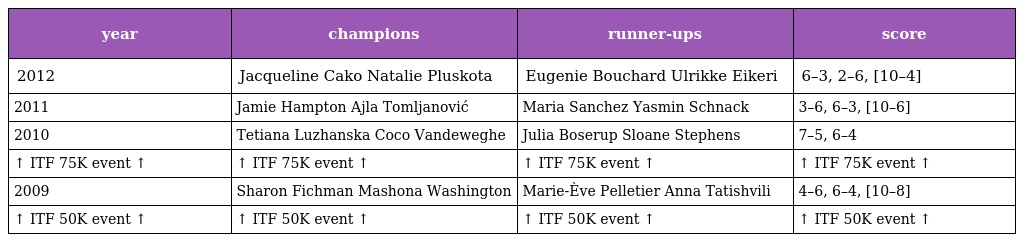
| year | champions | runner-ups | score |
 | --- | --- | --- | --- |
 | 2012 | Jacqueline Cako Natalie Pluskota | Eugenie Bouchard Ulrikke Eikeri | 6–3, 2–6, [10–4] |
 | 2011 | Jamie Hampton Ajla Tomljanović | Maria Sanchez Yasmin Schnack | 3–6, 6–3, [10–6] |
 | 2010 | Tetiana Luzhanska Coco Vandeweghe | Julia Boserup Sloane Stephens | 7–5, 6–4 |
 | ↑ ITF 75K event ↑ | ↑ ITF 75K event ↑ | ↑ ITF 75K event ↑ | ↑ ITF 75K event ↑ |
 | 2009 | Sharon Fichman Mashona Washington | Marie-Ève Pelletier Anna Tatishvili | 4–6, 6–4, [10–8] |
 | ↑ ITF 50K event ↑ | ↑ ITF 50K event ↑ | ↑ ITF 50K event ↑ | ↑ ITF 50K event ↑ |